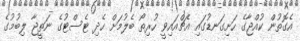
އެގޮތުން ކުއްޖާގެ ހަށިގަނޑުގައި އެޗްއައިވީ ހުރިތޯ ބެލުމަށް ހެދި ޓެސްޓުގެ ނަތީޖާ ލިބުމުގެ